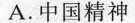
A.中国精神